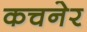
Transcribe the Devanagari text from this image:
कचनेर